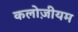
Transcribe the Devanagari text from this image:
कलोज़ीयम